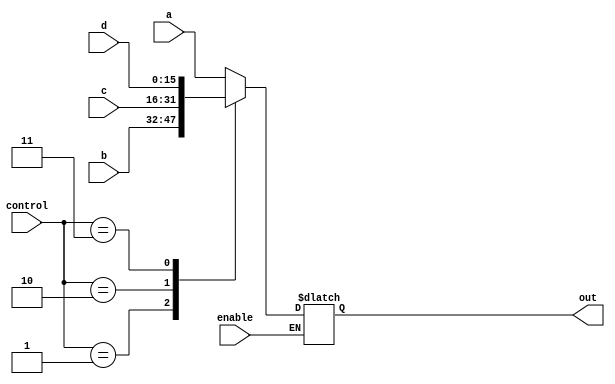
`timescale 1ns / 1ps
//////////////////////////////////////////////////////////////////////////////////
// Company: 
// Engineer: 
// 
// Design Name: 
// Module Name: mux_4to1
// Project Name: 
// Target Devices: 
// Tool Versions: 
// Description: 
// 
// Dependencies: 
// 
// Revision:
// Revision 0.01 - File Created
// Additional Comments:
// 
//////////////////////////////////////////////////////////////////////////////////


module mux_4to1(enable, control, a, b, c, d, out);
    input [1:0] control;
    input [15:0] a, b, c, d;
    output reg [15:0] out;
    input enable;
    
    always @ (control or a or b or c or d) 
    begin
        if (enable)
        begin
            case (control)
                2'b00: out = a;
                2'b01: out = b;
                2'b10: out = c;
                2'b11: out = d;
            endcase
        end
    end
endmodule